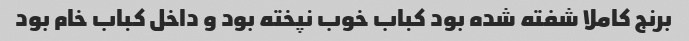
برنج کاملا شفته شده بود کباب خوب نپخته بود و داخل کباب خام بود